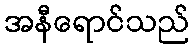
အနီရောင်သည်